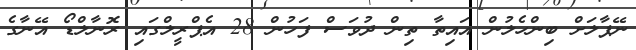
ނޭޕާލަށް ބިންހެލުން އައިތާ ތިން ދުވަސް ފަހުން 28 އެޕްރީލްގައި ރޮނާލްޑޯ އޭނާގެ